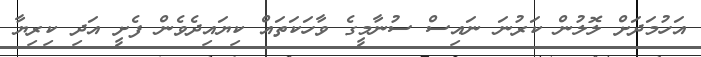
އަހުމަދަށް ލޮލުން ކަރުނަ ނައިސް ސުނާމީގެ ވާހަކަތައް ކިޔައިދެވެން ފެށީ އަދި ކިރިޔާ